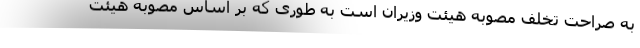
به صراحت تخلف مصوبه هیئت وزیران است به طوری که بر اساس مصوبه هیئت